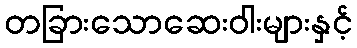
တခြားသောဆေးဝါးများနှင့်